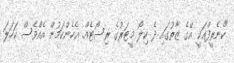
"ކެނެރީފްއަކީ އޭގެ ޒާތުގައި ދެ ކިލޯ މީޓަރުގެ ރިސޯޓެއް. އެހެންކަމުން އެއްވެސް ކަހަލަ